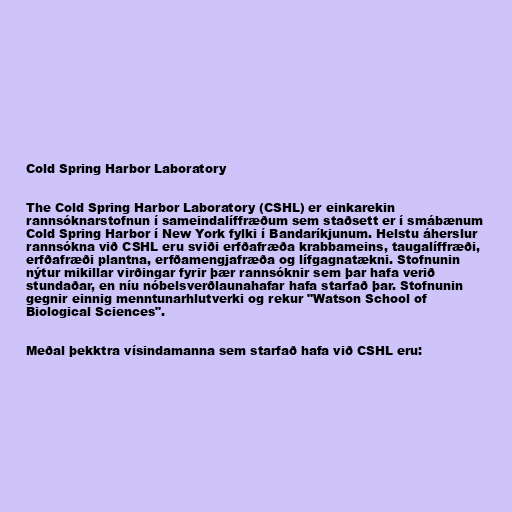
Cold Spring Harbor Laboratory

The Cold Spring Harbor Laboratory (CSHL) er einkarekin
rannsóknarstofnun í sameindalíffræðum sem staðsett er í smábænum
Cold Spring Harbor í New York fylki í Bandaríkjunum. Helstu áherslur
rannsókna við CSHL eru sviði erfðafræða krabbameins, taugalíffræði,
erfðafræði plantna, erfðamengjafræða og lífgagnatækni. Stofnunin
nýtur mikillar virðingar fyrir þær rannsóknir sem þar hafa verið
stundaðar, en níu nóbelsverðlaunahafar hafa starfað þar. Stofnunin
gegnir einnig menntunarhlutverki og rekur "Watson School of
Biological Sciences".

Meðal þekktra vísindamanna sem starfað hafa við CSHL eru: